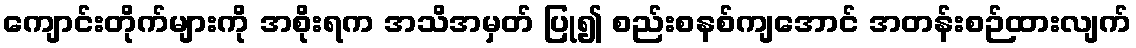
ကျောင်းတိုက်များကို အစိုးရက အသိအမှတ် ပြု၍ စည်းစနစ်ကျအောင် အတန်းစဉ်ထားလျက်